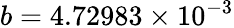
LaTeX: b=4.72983\times 10^{-3}